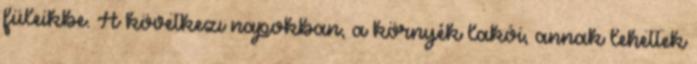
füleikbe. A következı napokban, a környék lakói, annak lehettek